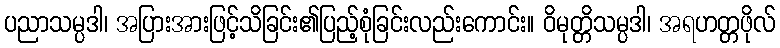
ပညာသမ္ပဒါ၊ အပြားအားဖြင့်သိခြင်း၏ပြည့်စုံခြင်းလည်းကောင်း။ ဝိမုတ္တိသမ္ပဒါ၊ အရဟတ္တဖိုလ်